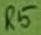
Text: R5